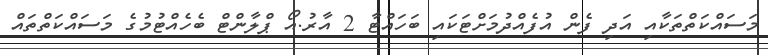
މަސައްކަތްތަކާއި އަދި ފެން އުފެއްދުމަށްޓަކައި ބަހައްޓާ 2 އާރު.އޯ ޕްލާންޓް ބެހެއްޓުމުގެ މަސައްކަތްތައް